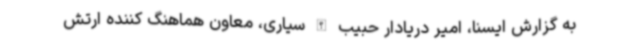
به گزارش ایسنا، امیر دریادار حبیب الله سیاری، معاون هماهنگ کننده ارتش